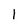
Character: I